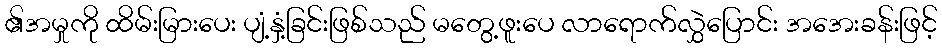
၏အမှုကို ထိမ်းမြားပေး ပျံ့နှံ့ခြင်းဖြစ်သည် မတွေ့ဖူးပေ လာရောက်လွှဲပြောင်း အအေးခန်းဖြင့်